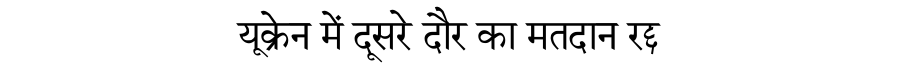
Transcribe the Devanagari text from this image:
यूक्रेन में दूसरे दौर का मतदान रद्द